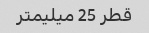
قطر 25 میلیمتر